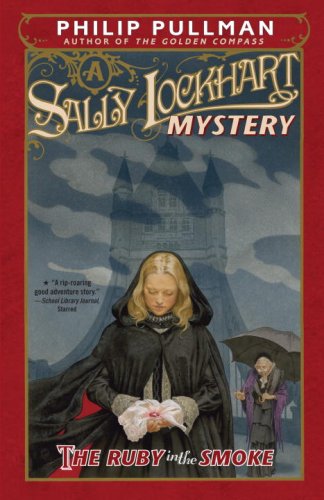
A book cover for The Ruby in the Smoke: A Sally Lockhart Mystery; Philip Pullman; Teen & Young Adult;